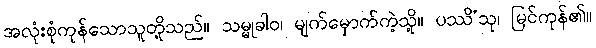
အလုံးစုံကုန်သောသူတို့သည်။ သမ္မုခါဝ၊ မျက်မှောက်ကဲ့သို့။ ပဿိံသု၊ မြင်ကုန်၏။